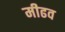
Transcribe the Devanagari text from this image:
मीढव